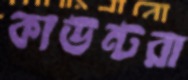
কাউন্টরা